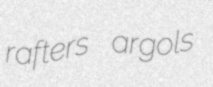
rafters argols